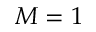
M = 1